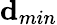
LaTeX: \mathbf{d}_{min}